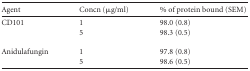
<table><thead><tr><td><b>Agent</b></td><td><b>Concn (μg/ml)</b></td><td><b>% of protein bound (SEM)</b></td></tr></thead><tbody><tr><td>CD101</td><td>1</td><td>98.0 (0.8)</td></tr><tr><td></td><td>5</td><td>98.3 (0.5)</td></tr><tr><td>Anidulafungin</td><td>1</td><td>97.8 (0.8)</td></tr><tr><td></td><td>5</td><td>98.6 (0.5)</td></tr></tbody></table>